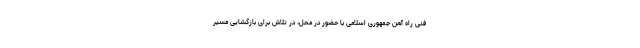
فنی راه آهن جمهوری اسلامی با حضور در محل، در تلاش برای بازگشایی مسیر